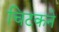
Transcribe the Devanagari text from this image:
चिटकने